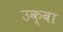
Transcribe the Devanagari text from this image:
उक्बा